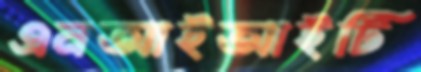
এনআইআইটি